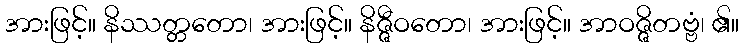
အားဖြင့်။ နိဿတ္တတော၊ အားဖြင့်။ နိဇ္ဇီဝတော၊ အားဖြင့်။ အာဝဇ္ဇိတဗ္ဗံ၊ ၏။